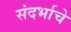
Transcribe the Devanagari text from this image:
संदर्भाचे